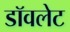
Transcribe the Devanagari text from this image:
डॉवलेट